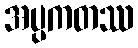
အပ္ပကတဿ